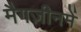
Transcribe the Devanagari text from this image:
मैगज़ीनमें